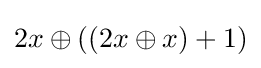
2x\oplus ((2x\oplus x)+1)